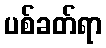
ပစ်ခတ်ရာ